Indian journal of veterinary science and animal husbandry - Volume 12,
Year: 1942
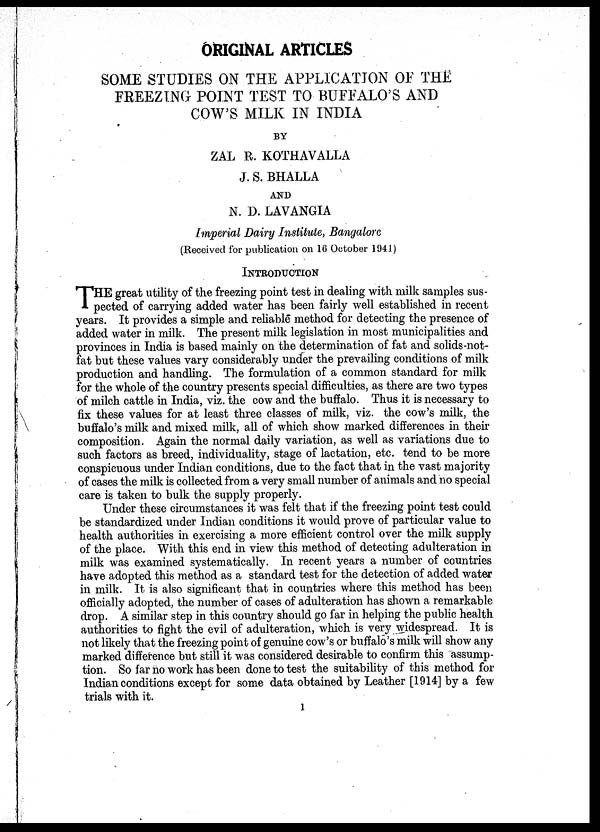
ORIGINAL ARTICLES
SOME STUDIES ON THE APPLICATION OF THE
FREEZING POINT TEST TO BUFFALO'S AND
COW'S MILK IN INDIA
BY
ZAL R. KOTHAVALLA
J. S. BHALLA
AND
N. D. LAVANGIA
Imperial Dairy Institute, Bangalore
(Received for publication on 16 October 1941)
INTRODUCTION
THE great utility of the freezing point test in dealing with milk samples sus¬
pected of carrying added water has been fairly well established in recent
years. It provides a simple and reliable method for detecting the presence of
added water in milk. The present milk legislation in most municipalities and
provinces in India is based mainly on the determination of fat and solids-not-
fat but these values vary considerably under the prevailing conditions of milk
production and handling. The formulation of a common standard for milk
for the whole of the country presents special difficulties, as there are two types
of milch cattle in India, viz. the cow and the buffalo. Thus it is necessary to
fix these values for at least three classes of milk, viz. the cow's milk, the
buffalo's milk and mixed milk, all of which show marked differences in their
composition. Again the normal daily variation, as well as variations due to
such factors as breed, individuality, stage of lactation, etc. tend to be more
conspicuous under Indian conditions, due to the fact that in the vast majority
of cases the milk is collected from a very small number of animals and no special
care is taken to bulk the supply properly.
Under these circumstances it was felt that if the freezing point test could
be standardized under Indian conditions it would prove of particular value to
health authorities in exercising a more efficient control over the milk supply
of the place. With this end in view this method of detecting adulteration in
milk was examined systematically. In recent years a number of countries
have adopted this method as a standard test for the detection of added water
in milk. It is also significant that in countries where this method has been
officially adopted, the number of cases of adulteration has shown a remarkable
drop. A similar step in this country should go far in helping the public health
authorities to fight the evil of adulteration, which is very widespread. It is
not likely that the freezing point of genuine cow's or buffalo's milk will show any
marked difference but still it was considered desirable to confirm this assump-
tion. So far no work has been done to test the suitability of this method for
Indian conditions except for some data obtained by Leather [1914] by a few
trials with it.
1